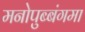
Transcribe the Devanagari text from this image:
मनोपुब्बंगमा